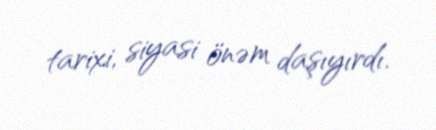
tarixi, siyasi önəm daşıyırdı.